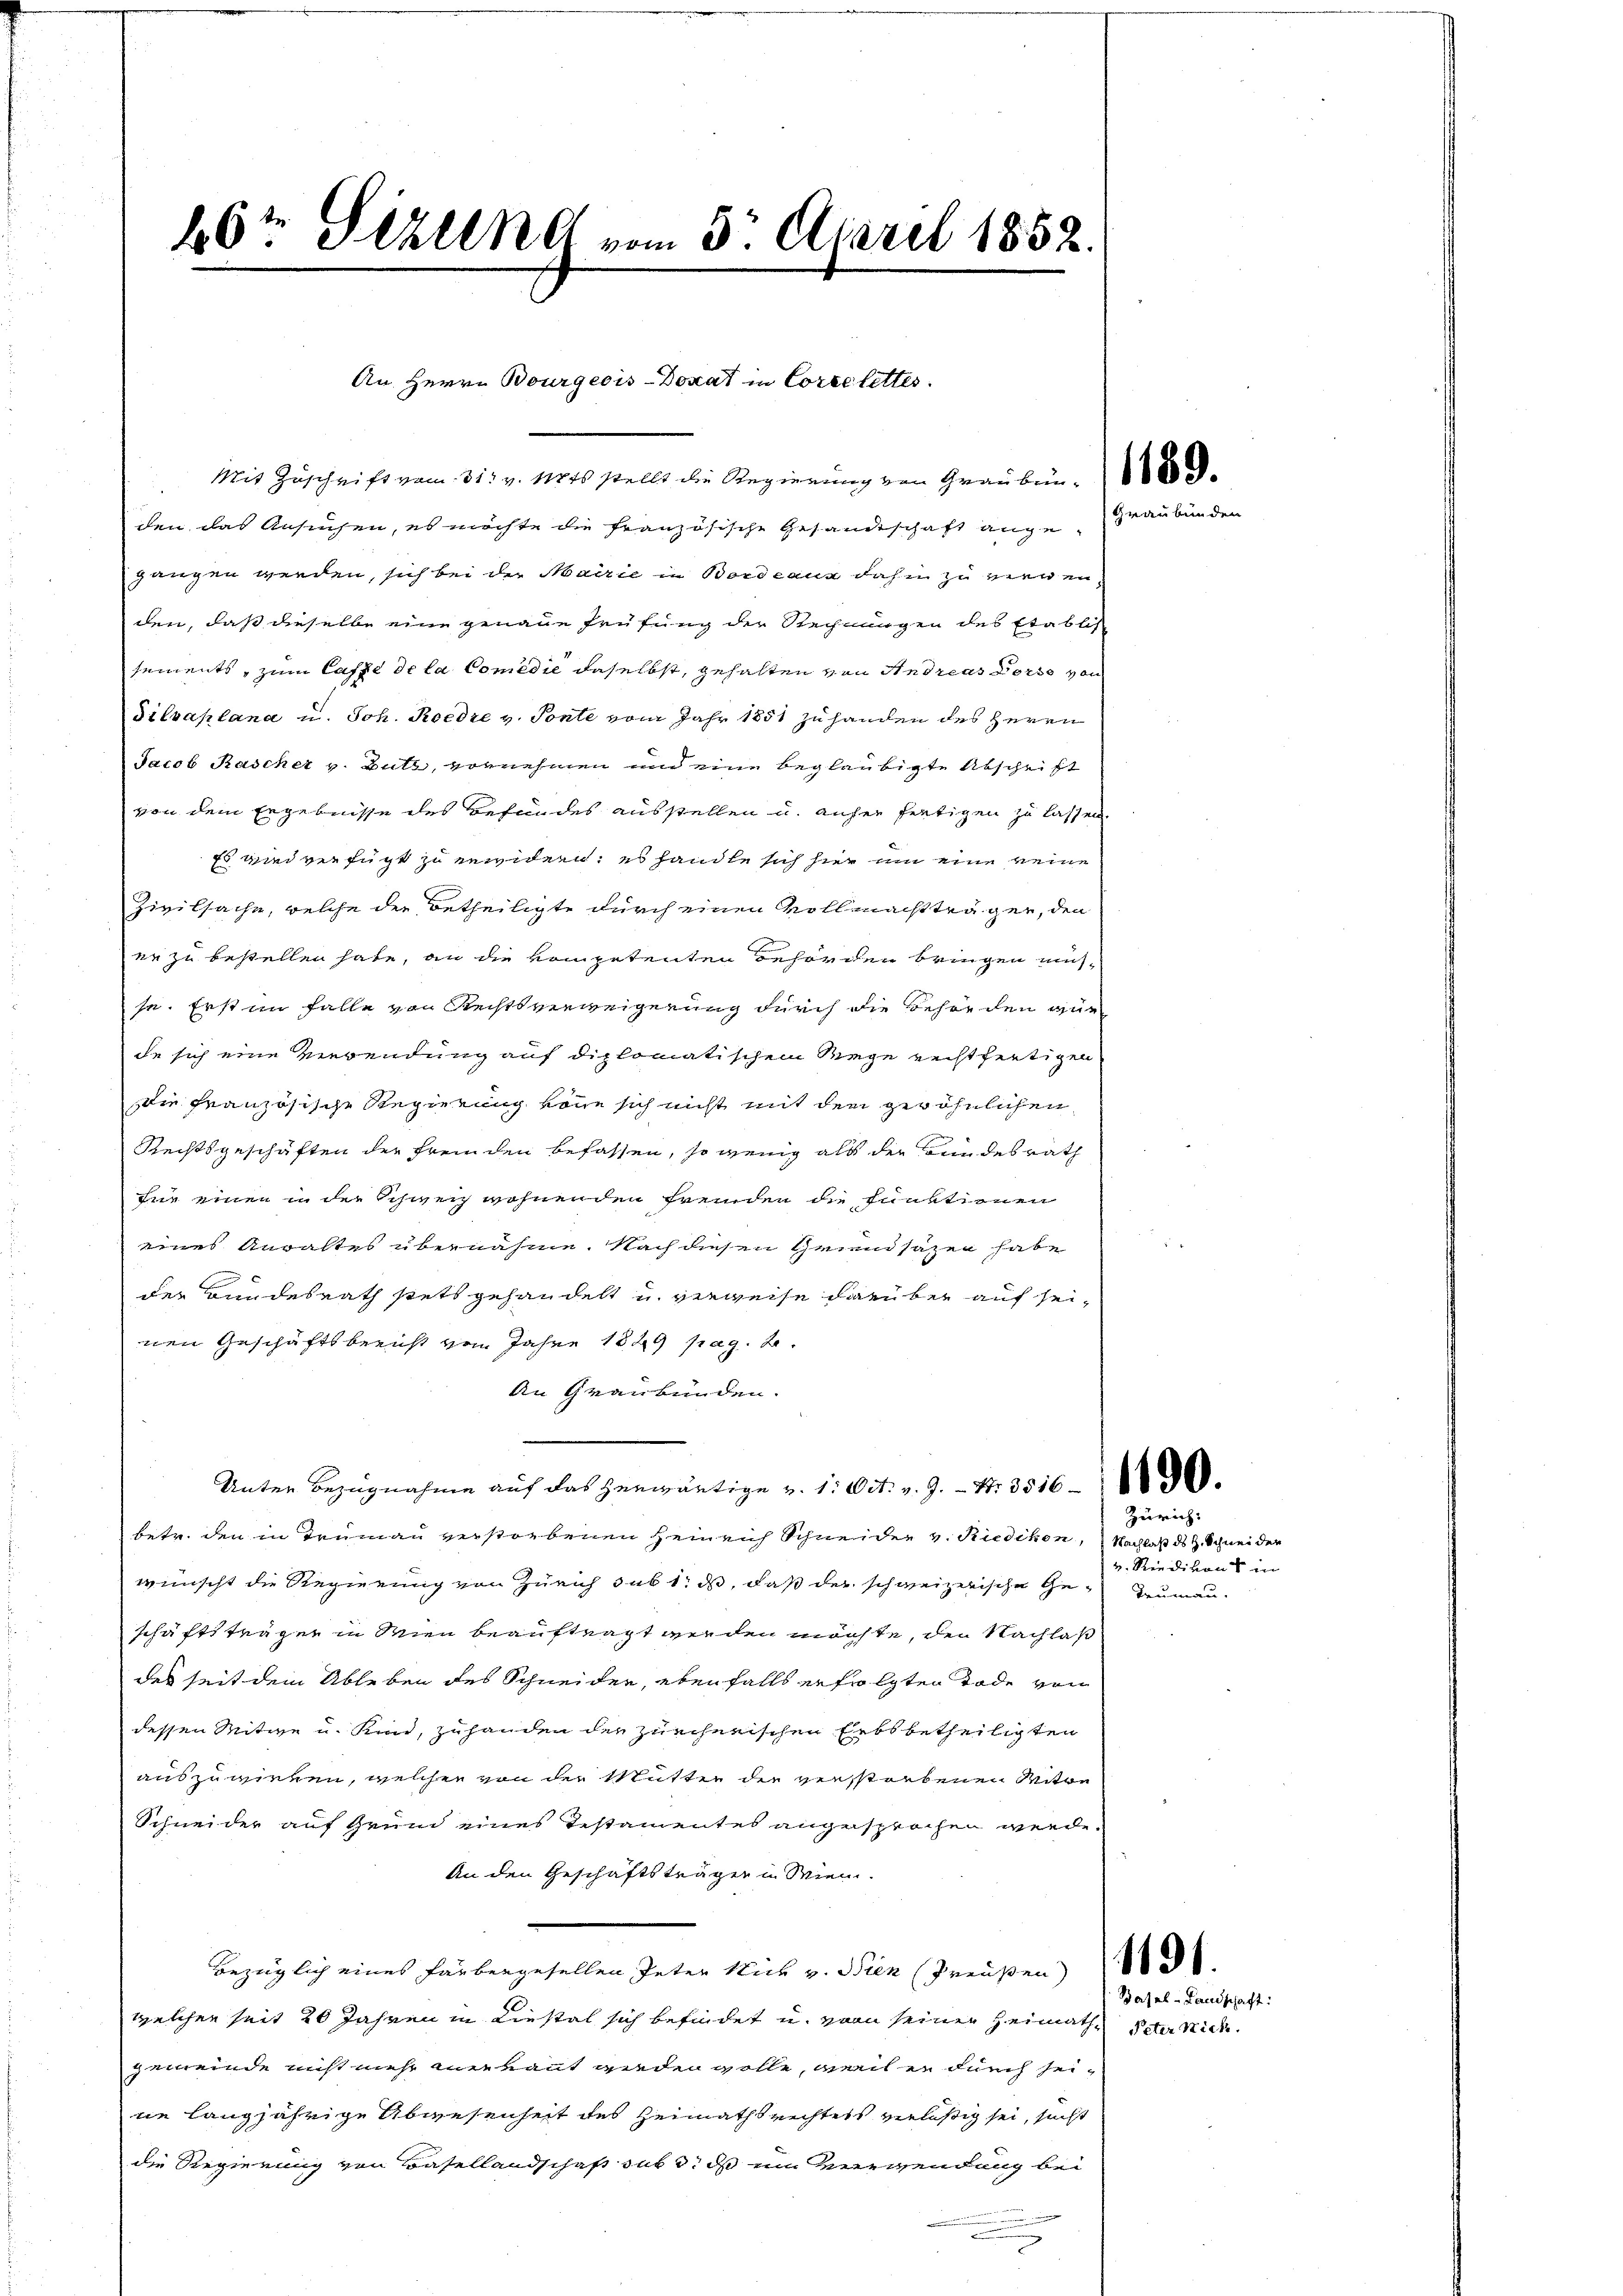
26t Sizung vom 5. April 1852.

Mit Zuschrift vom 31. v. 11845 stellt die Regierung von Graubünd
den das Ansuchen, es möchte die französische Gesandtschaft ange-
gangen werden, sich bei der Mairie in Bordeaux dahin zu vienen
den, daß dieselbe eine genaue Prüfung der Rechnungen des Etablis
sements, zum Casse de la Comedie daselbst, gehalten von Andreas Dort von
Silvaplana u. Joh. Roedre v. Ponte vom Jahr 1851 zu handen des Herrn
Jacob Kascher v. Butt, vornehmen und eine beglaubigte Abschrift
von dem Ergebnisse des Befundes ausstellen u. anher fertigen zu lassen.
Es wird verfügt zu erwidern; es handte sich hier um eine keine
Zivilsache, welche die Betheiligte durch einen Vollmachtträger, den
er zu bestellen habe, an die kompetenten Behörden bringen müsse. Erst im Falle von Rechtsverweigerung durch die Behörden gün
de sich eine Verwendung auf diplomatischem Wege rechtfertigen
die französische Regierung könne sich nicht mit den gewöhnlichen
Rechtsgeschäften der fremden befassen, so wenig als der Bundesrath
für einen in der Schweiz wohnenden fremden die Funktionen
eines Anwaltes übernähme. Nach diesen Grindsazen habe
der Bundesrath stets gehandelt u. verweise darüber auf seinen Geschäftsberist von Jahre 1829 pag. 20.
An Graubünden.
Unter Bezugnahme auf das herwärtige v. 1. Oct. v. 9. — Nr. 3516 - 800
betr. den in Trumann verstorbenen Heinrich Schneider v. Riedikon, Nachlaß ds H. Schneiden
wünscht die Regierung von Zürich sub 1. ds, daß der schweizerische Ge- Trumau-
schäftsträgen in Wien beauftragt werden möchte, den Nachlaß
des seit dem Ableben des Schneider, ebenfalls erfolgten Tode von
dessen Mitte u. Kind, zuhanden der zürcherischen Erbsbetheiligten
auszuwirken, welcher von der Mutter der verstorbenen Mitte
Schneider auf Grund eines Testamentes angesprochen werde.
An den Geschäftsträger in Wien.
bezüglich eines Farbengesellen Inter Nich v. Bien (Preußen)
welcher seit 20 Jahren in Liestal sich befindet u. von seinen Heimathe Peter nich
gemeinde nicht mehr anerkannt werden wolle, weil er durch seine langjährige Abwesenheit des Heimathsrechtets verläßig sei, sucht
die Regierung von Basellandschaft sub 3. ds um Verwendung bei
.

An Herrn Bourgeois-Donat in Correlettes.

Zürich:
v. Riedikon in

Basel-Landschaft: